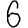
Digit: 6